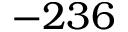
- 2 3 6